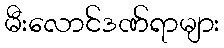
မီးလောင်ဒဏ်ရာများ